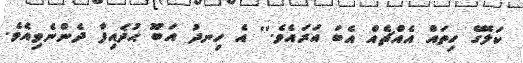
ކަލޭގެ ހިތައް އެއްޗެއް އެބަ އަރައެވެ.'' އެ ހިނދު އަބޫ ޙުޛައިފާ ދެންނެވިއެވެ.